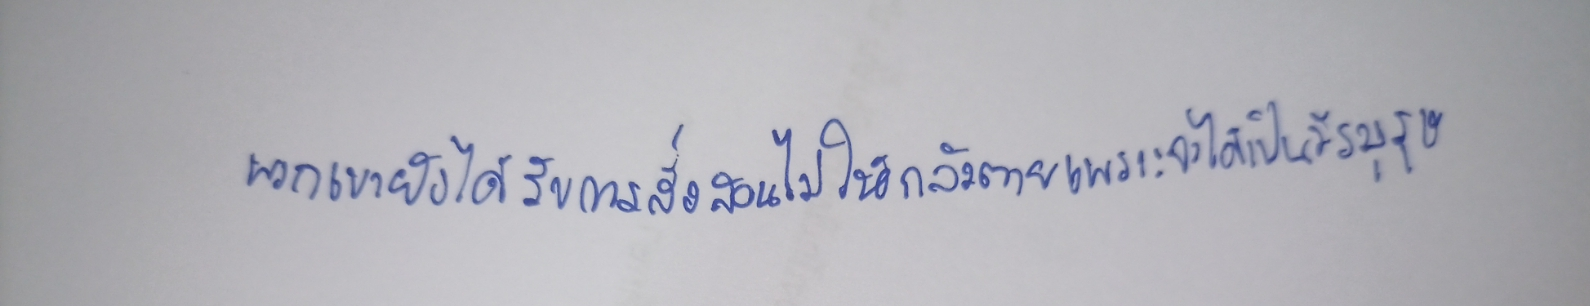
พวกเขายังได้รับการสั่งสอนไม่ให้กลัวตายเพราะจะได้เป็นวีรบุรุษ: